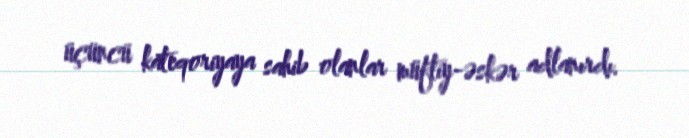
üçüncü kateqoriyaya sahib olanlar müftiy-əskər adlanırdı.